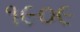
૧૯૦૯